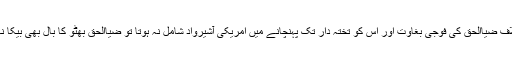
اگر بھٹو کے خلاف ضیاالحق کی فوجی بغاوت اور اس کو تختہ دار تک پہنچانے میں امریکی آشیرواد شامل نہ ہوتا تو ضیاالحق بھٹو کا بال بھی بیکا نہیں کر سکتا تھا۔